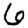
Digit: 6